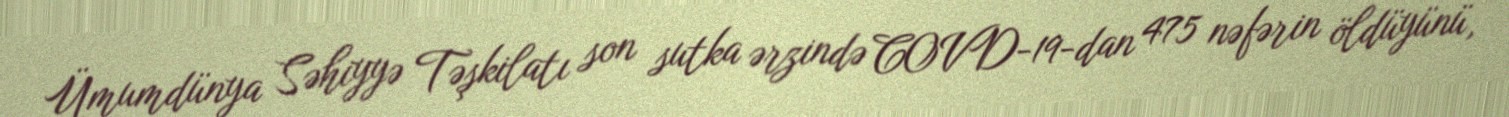
Ümumdünya Səhiyyə Təşkilatı son sutka ərzində COVD-19-dan 475 nəfərin öldüyünü,